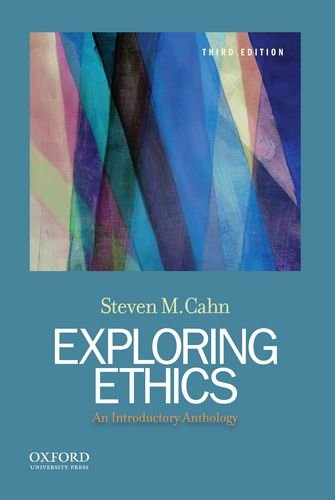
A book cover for Exploring Ethics: An Introductory Anthology; Steven M. Cahn; Politics & Social Sciences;